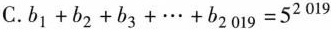
C. $$b _ { 1 } + b _ { 2 } + b _ { 3 } + \cdots + b _ { 2 0 1 9 } = 5 ^ { 2 0 1 9 }$$